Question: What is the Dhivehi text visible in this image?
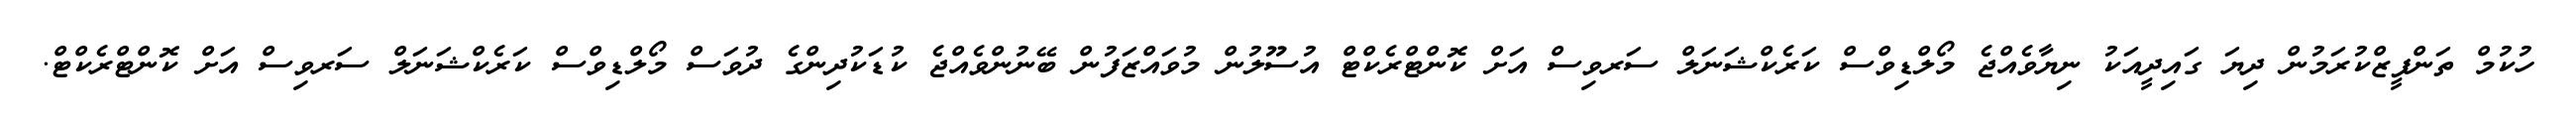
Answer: ހުކުމް ތަންފީޒްކުރަމުން ދިޔަ ގައިދީއަކު ނިޔާވެއްޖެ މޯލްޑިވްސް ކަރެކްޝަނަލް ސަރވިސް އަށް ކޮންޓްރެކްޓް އުސޫލުން މުވައްޒަފުން ބޭނުންވެއްޖެ ކުޑަކުދިންގެ ދުވަސް މޯލްޑިވްސް ކަރެކްޝަނަލް ސަރވިސް އަށް ކޮންޓްރެކްޓް.